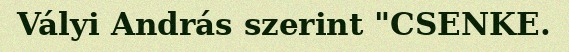
Vályi András szerint "CSENKE.